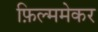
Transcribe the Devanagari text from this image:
फ़िल्ममेकर